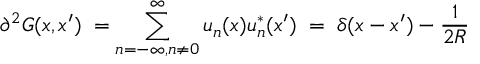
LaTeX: { \partial } ^ { 2 } G ( x , x ^ { \prime } ) \; = \sum _ { n = - \infty , n \neq 0 } ^ { \infty } u _ { n } ( x ) u _ { n } ^ { * } ( x ^ { \prime } ) \; = \; \delta ( x - x ^ { \prime } ) - \frac { 1 } { 2 R }